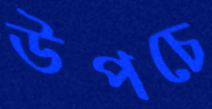
উপচে